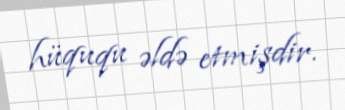
hüququ əldə etmişdir.